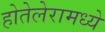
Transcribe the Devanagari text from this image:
होतेलेरामध्ये